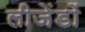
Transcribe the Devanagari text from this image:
लीजेंडों